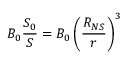
B _ { 0 } \frac { S _ { 0 } } { S } = B _ { 0 } \left( \frac { R _ { N S } } { r } \right) ^ { 3 }